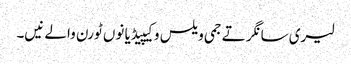
لیری سانگر تے جمی ویلس وکیپیڈیا نوں ٹورن والے نیں۔